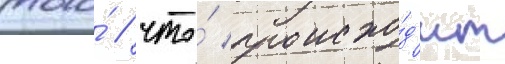
того́ / что́ происхо́д'ит